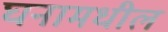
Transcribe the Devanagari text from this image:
घनामधील